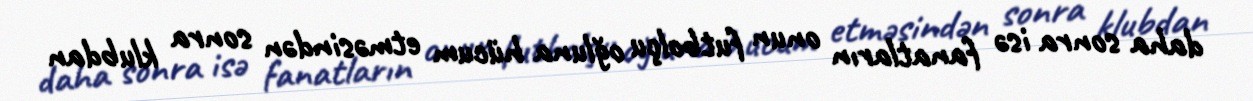
daha sonra isə fanatların onun futbolçu oğluna hücum etməsindən sonra klubdan